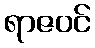
ရာဇဝင်